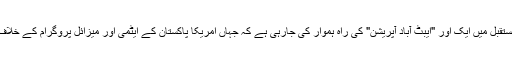
بلکہ اس طرح مستقبل میں ایک اور "ایبٹ آباد آپریشن" کی راہ ہموار کی جارہی ہے کہ جہاں امریکا پاکستان کے ایٹمی اور میزائل پروگرام کے خلاف حملہ کرسکے۔